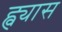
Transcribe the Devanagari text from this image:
ह्व्यास